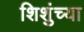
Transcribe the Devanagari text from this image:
शिशुंच्या